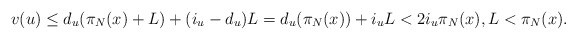
\begin{align*}v(u) \leq d_u(\pi_N(x) + L) + (i_u - d_u) L = d_u(\pi_N(x)) + i_u L < 2i_u \pi_N(x), L < \pi_N(x).\end{align*}